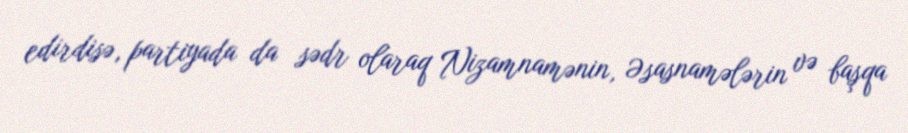
edirdisə, partiyada da sədr olaraq Nizamnamənin, Əsasnamələrin və başqa